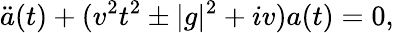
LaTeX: \ddot{a}(t)+(v^{2}t^{2}\pm|g|^{2}+iv)a(t)=0,